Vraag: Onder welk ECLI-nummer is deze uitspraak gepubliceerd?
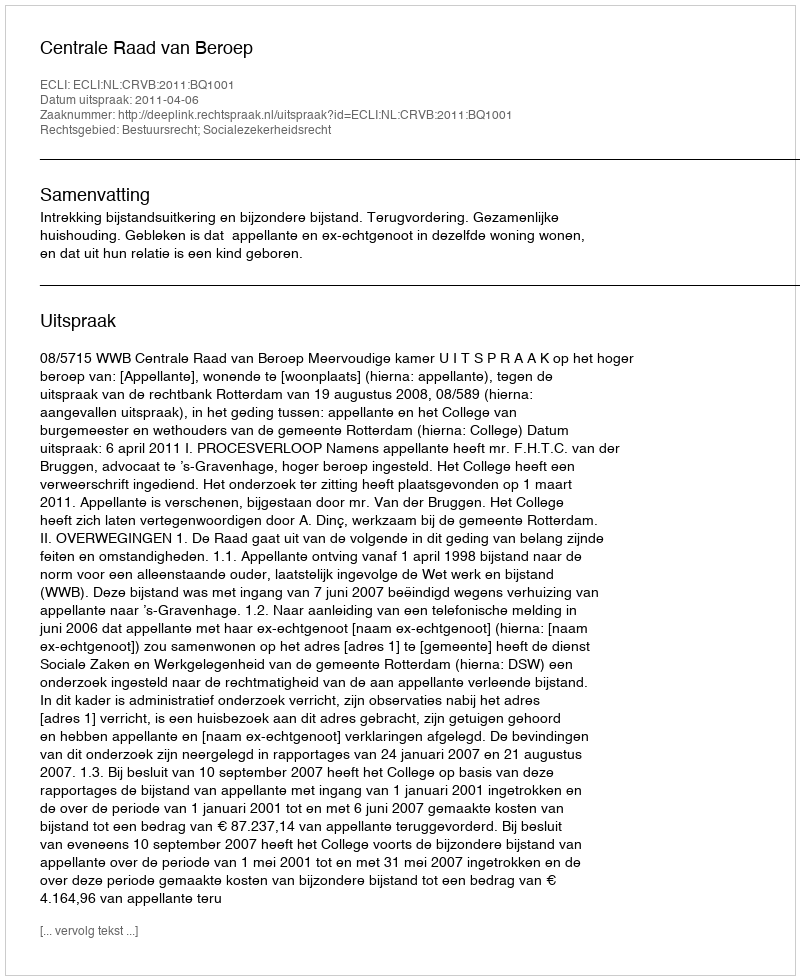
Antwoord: ECLI:NL:CRVB:2011:BQ1001